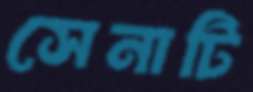
সেনাটি